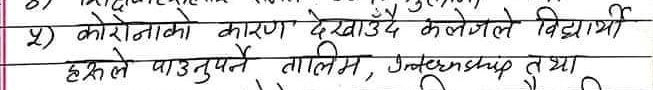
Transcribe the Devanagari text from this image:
५) कोरोनाको कारण देखाउँदै कलेजले विद्यार्थी
हरुले पाउनुपर्ने तालिम, Internship तथा